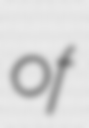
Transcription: of